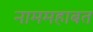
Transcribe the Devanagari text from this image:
नाममहाबत